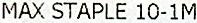
MAX STAPLE 10-1M